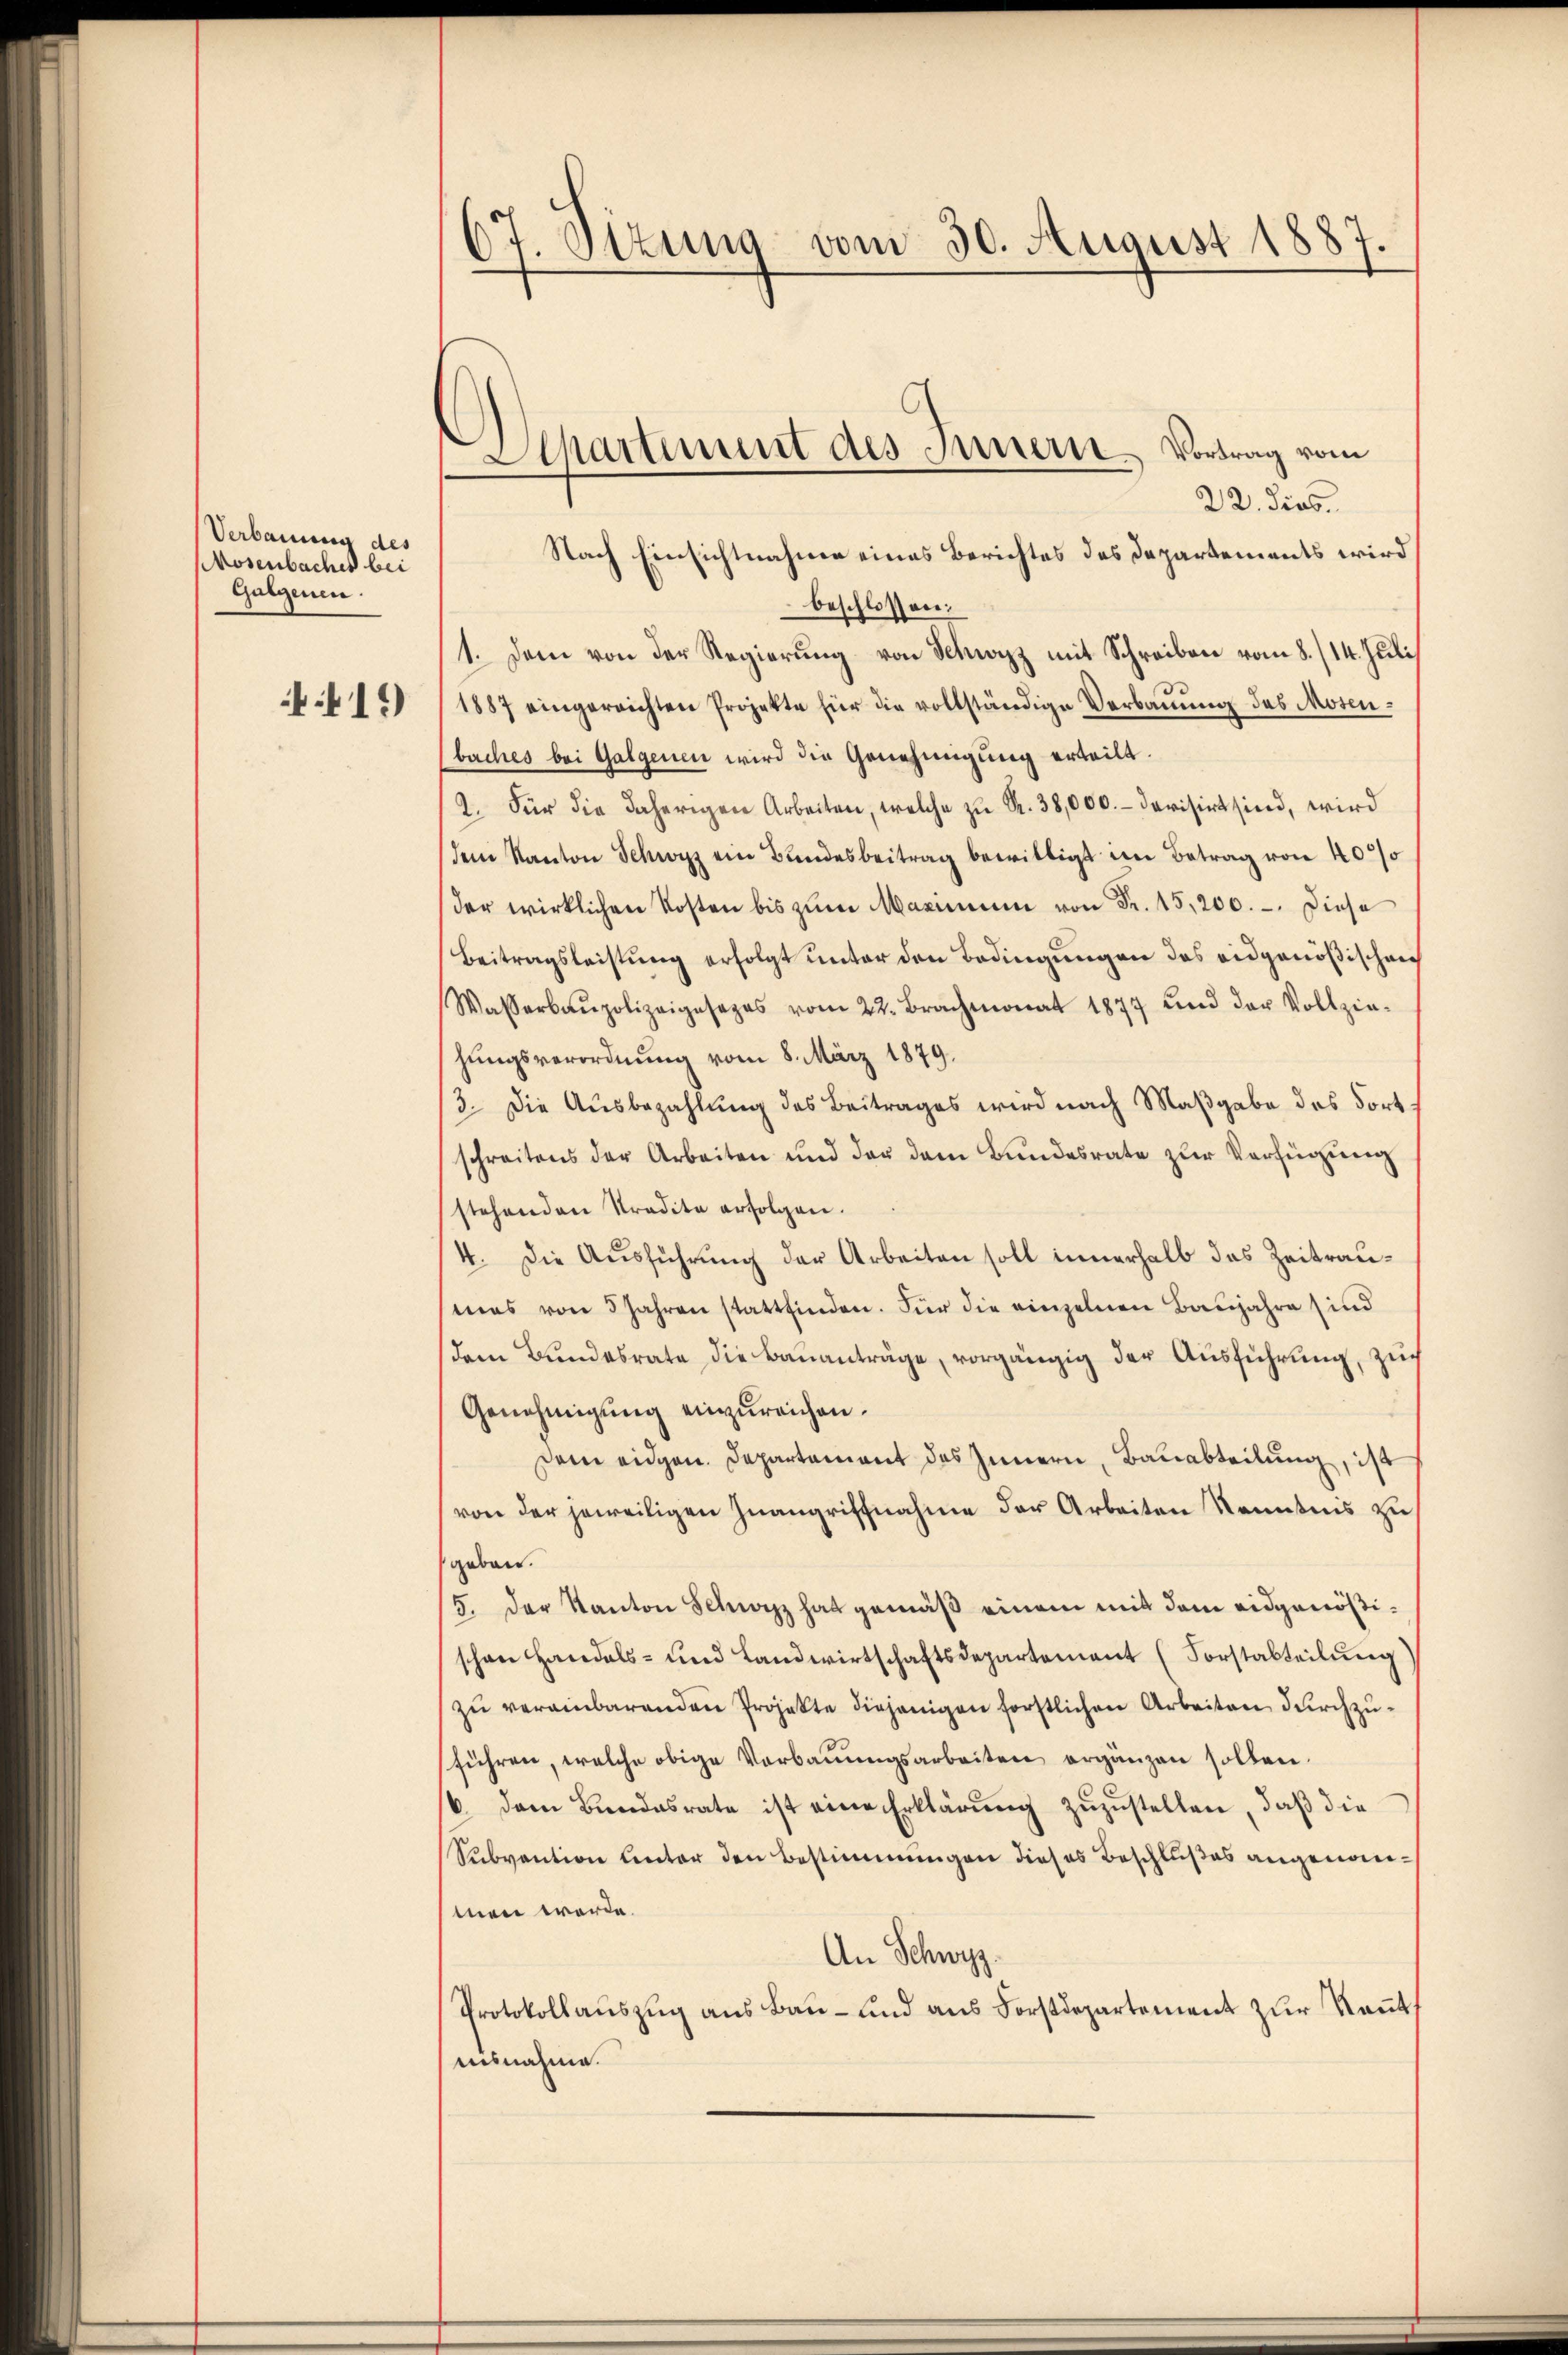
Verbauung des
Mosenbacher bei
Gulgenen.
419)

67. Sizung vom 30. August 1887

Separtiment des Innern Vortrag vom
Nach Einsichtnahme eines Berichtes des Departements wird

22. dies.
beschlossen:
1. Dem von der Regierung von Schwyzz mit Schreiben vom 8./14. Juli
1887 eingereichten Projekte für die vollständige Verbauung des Mosenbaches bei Galgenen wird die Genehmigung erteilt.
2. Für die daherigen Arbeiten, welche zu R. 38,000.- Devisirt sind, wird
dem Kanton Schwyz ein Bundesbeitrag bewilligt im Betrag von 4000
der wirklichen Kosten bis zŭm Maximum von Fr. 15,200. - Diese
Beitragsleistung erfolgt unter den Bedingungen des eidgenößischen
Wasserbaupolizeigesezes vom 22. Brachmonat 1877 und der Vollzie-
hungsverordnung vom 8. März 1879.
3. Die Ausbezahlung des Beitrages wird nach Maßgabe des Fortschreitens der Arbeiten und der dem Bundesrate zur Verfügung
stehenden Stradite erfolgen.
4. Die Ausführung der Arbeiten soll innerhalb das Zeitraumas von 5 Jahren stattfinden. Für die einzelnen Baujahre sind
dem Bundesrate die Bauanträge, vorgängig der Ausführung, zu
Genehmigung einzureichen.
Dem eidgen. Departement des Innern, Bauabteilung, ist
von der jeweiligen Inangriffnahme der Arbeiten Kenntnis zu
geben.
5. der Kanton Schwyz hat gemäß einem mit dem eidgenößischon Handels- und Landwirtschaftsdepartement (Forstabteilŭng
zŭ vereinbarenden Projekte diejenigen förstlichen Arbeiten durchzuführen, welche obige Verbauungsarbeiten ergänzen sollen.
b. dem Bundesrate ist eine Erklärung zuzustellen, daß die
Subvention unter den Bestimmungen dieses Beschlußes angenommen werde.
An Schwyz.
Protokollaŭszŭg ans Bau- und aus Forstdepartement zur Rent
ausnahme.